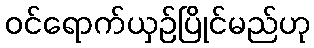
ဝင်ရောက်ယှဉ်ပြိုင်မည်ဟု